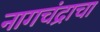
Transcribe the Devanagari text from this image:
नागचंद्राचा